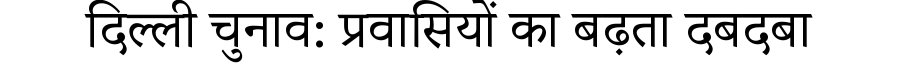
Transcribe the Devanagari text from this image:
दिल्ली चुनाव: प्रवासियों का बढ़ता दबदबा